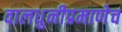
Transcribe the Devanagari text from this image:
वालधुनीप्रमाणेच